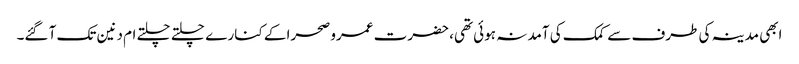
ابھی مدینہ کی طرف سے کمک کی آمد نہ ہوئی تھی، حضرت عمرو صحرا کے کنار ے چلتے چلتے ام دنین تک آ گئے۔